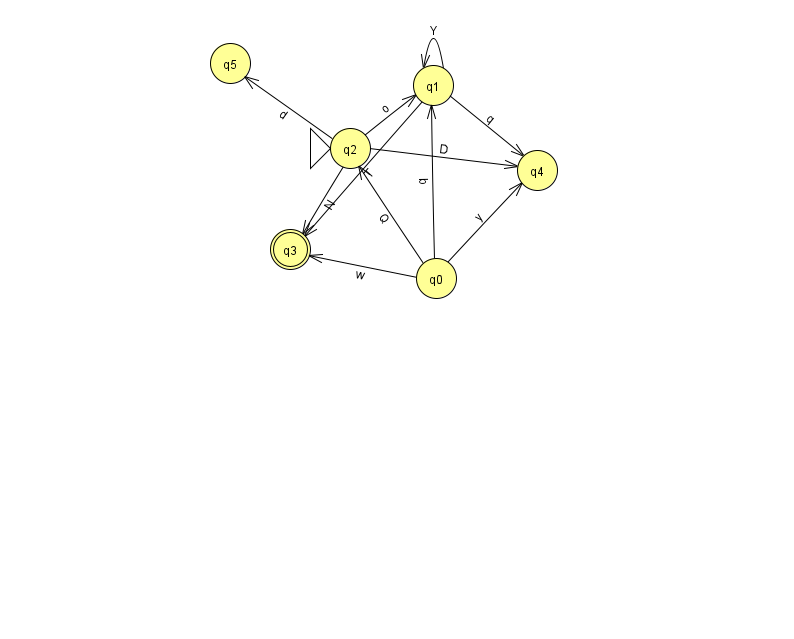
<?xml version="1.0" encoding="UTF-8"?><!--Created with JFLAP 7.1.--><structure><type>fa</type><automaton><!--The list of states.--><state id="0" name="q0"><x>436.0</x><y>265.0</y></state><state id="1" name="q1"><x>433.0</x><y>72.0</y></state><state id="2" name="q2"><x>350.0</x><y>135.0</y><initial/></state><state id="3" name="q3"><x>290.0</x><y>236.0</y><final/></state><state id="4" name="q4"><x>537.0</x><y>157.0</y></state><state id="5" name="q5"><x>230.0</x><y>50.0</y></state><!--The list of transitions.--><transition><from>2</from><to>3</to><read>N</read></transition><transition><from>0</from><to>4</to><read>y</read></transition><transition><from>2</from><to>4</to><read>D</read></transition><transition><from>2</from><to>5</to><read>d</read></transition><transition><from>1</from><to>3</to><read>T</read></transition><transition><from>0</from><to>3</to><read>w</read></transition><transition><from>0</from><to>1</to><read>b</read></transition><transition><from>2</from><to>1</to><read>o</read></transition><transition><from>1</from><to>1</to><read>Y</read></transition><transition><from>0</from><to>2</to><read>Q</read></transition><transition><from>1</from><to>4</to><read>q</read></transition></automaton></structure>